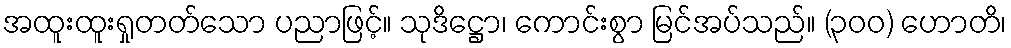
အထူးထူးရှုတတ်သော ပညာဖြင့်။ သုဒိဋ္ဌော၊ ကောင်းစွာ မြင်အပ်သည်။ (၃၀၀) ဟောတိ၊